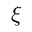
\xi